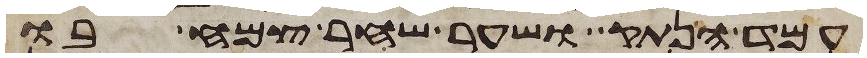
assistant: עמד הנתק ושער שחר צמח בו